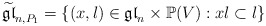
\begin{align*} \widetilde{\mathfrak{gl}}_{n,P_1} = \{(x, l) \in \mathfrak{gl}_n \times \mathbb{P}(V): xl \subset l\} \end{align*}